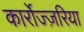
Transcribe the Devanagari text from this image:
कार्रोज्ज़रिया